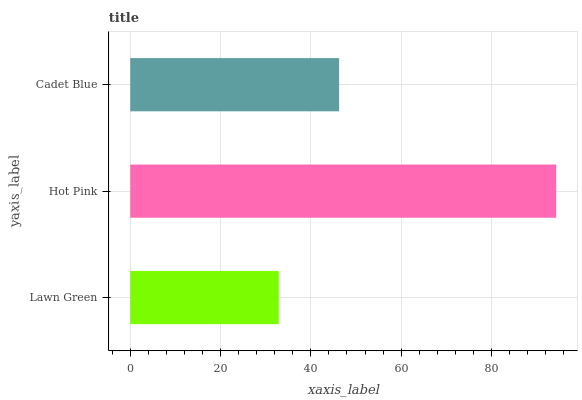
| yaxis_label | bars |
 | --- | --- |
 | Lawn Green | 32.9 |
 | Hot Pink | 94.3 |
 | Cadet Blue | 46.3 |